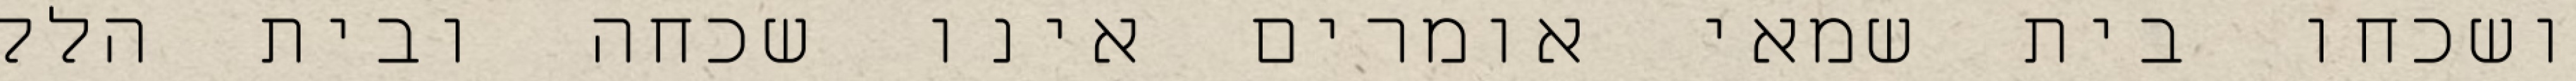
ושכחו בית שמאי אומרים אינו שכחה ובית הלל